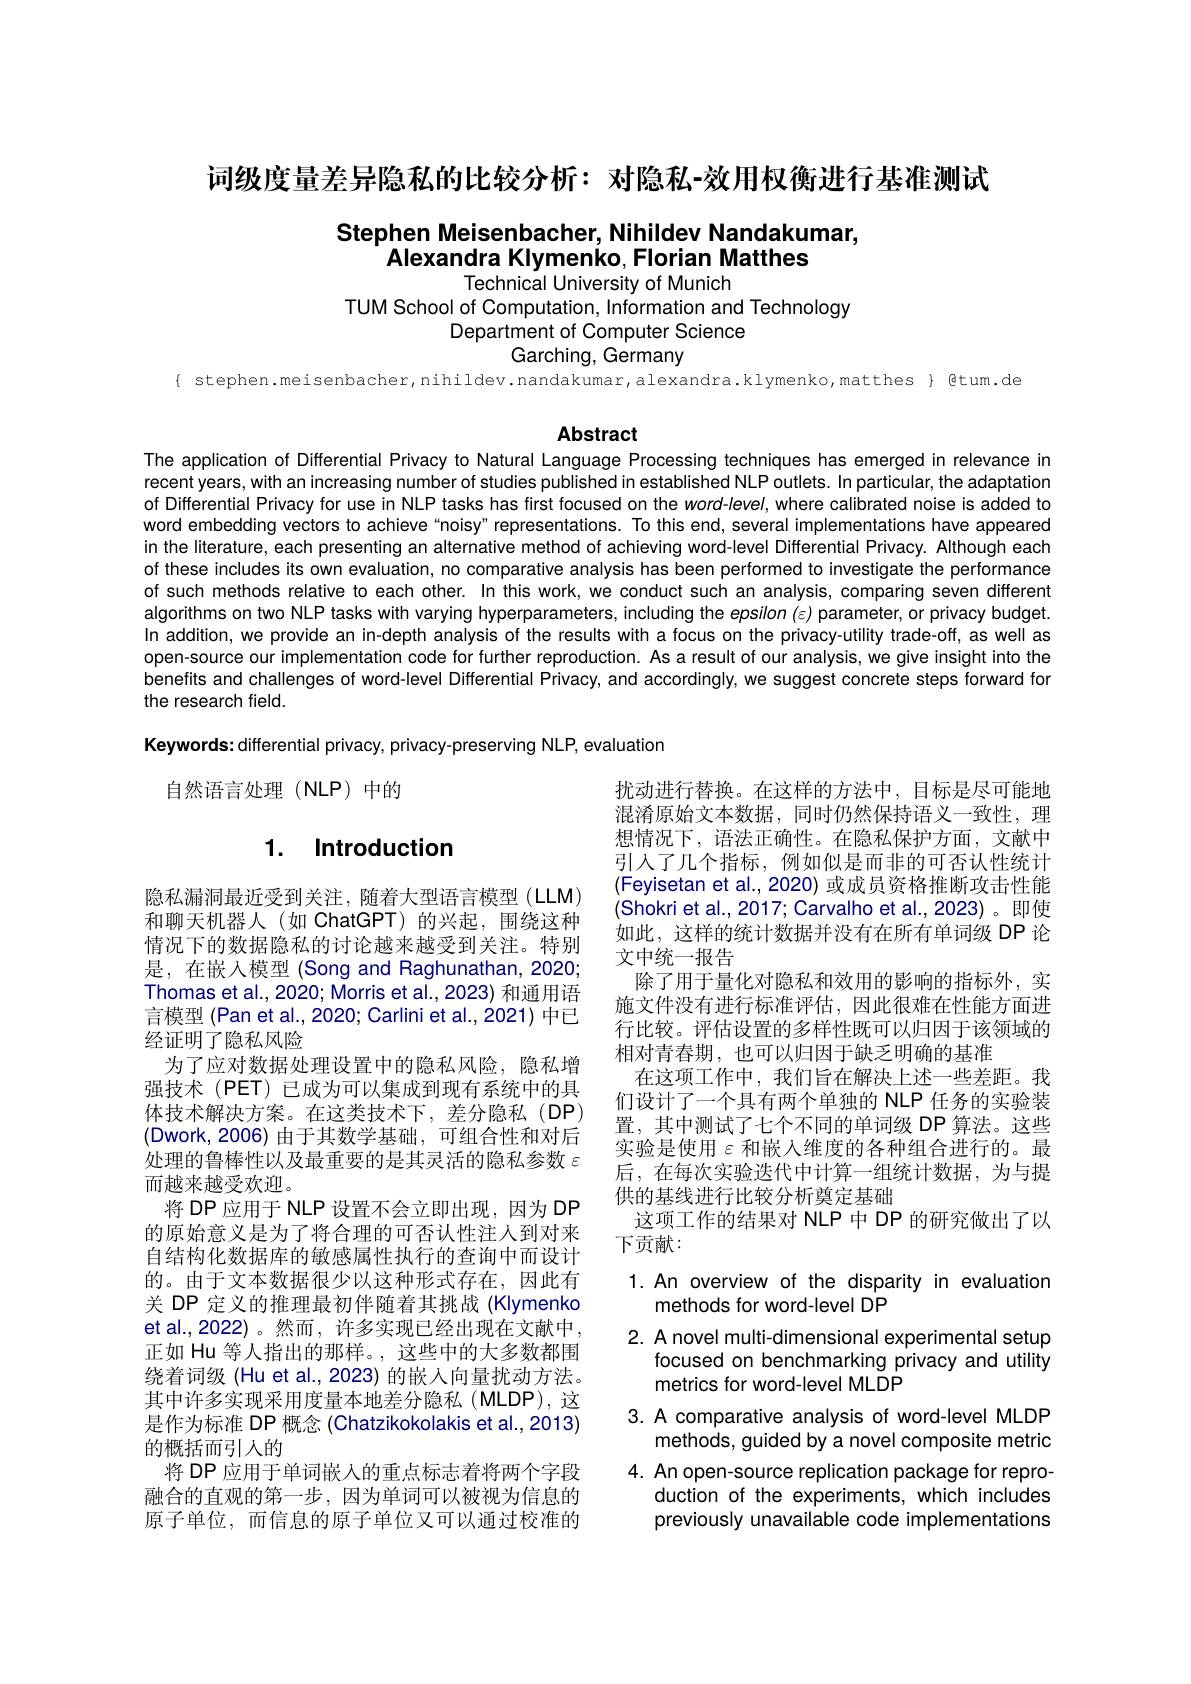
词级度量差异隐私的比较分析：对隐私-效用权衡进行基准测试

# Stephen Meisenbacher, Nihildev Nandakumar, Alexandra Klymenko, Florian Matthes

Technical University of Munich
TUM School of Computation, Information and Technology
Department of Computer Science
Garching, Germany

{ stephen.meisenbacher, nihildev. nandakumar, alexandra.klymenko, matthes} Qtum. de

# Abstract

The application of Differential Privacy to Natural Language Processing techniques has emerged in relevance in recent years, with an increasing number of studies published in established NLP outlets. In particular, the adaptation of Differential Privacy for use in NLP tasks has first focused on the word-level, where calibrated noise is added to word embedding vectors to achieve“noisy" representations. To this end, several implementations have appeared in the literature, each presenting an alternative method of achieving word-level Differential Privacy. Although each of these includes its own evaluation, no comparative analysis has been performed to investigate the performance of such methods relative to each other. In this work, we conduct such an analysis, comparing seven different algorithms on two NLP tasks with varying hyperparameters, including the epsilon (ε) parameter, or privacy budget. In addition, we provide an in-depth analysis of the results with a focus on the privacy-utility trade-off, as well as open-source our implementation code for further reproduction. As a result of our analysis, we give insight into the benefits and challenges of word-level Differential Privacy, and accordingly, we suggest concrete steps forward for the research field.
Keywords: differential privacy, privacy-preserving NLP, evaluation

扰动进行替换。在这样的方法中，目标是尽可能地
自然语言处理(NLP)中的

# 1. Introduction

混淆原始文本数据，同时仍然保持语义一致性，理想情况下，语法正确性。在隐私保护方面，文献中引人了几个指标，例如似是而非的可否认性统计(Feyisetan et al.,2020) 或成员资格推断攻击性能(Shokri et al., 2017; Carvalho et al., 2023)。即使如此，这样的统计数据并没有在所有单词级 DP 论文中统一报告
除了用于量化对隐私和效用的影响的指标外，实施文件没有进行标准评估，因此很难在性能方面进行比较。评估设置的多样性既可以归因于该领域的相对青春期，也可以归因于缺乏明确的基准
在这项工作中，我们旨在解决上述一些差距。我们设计了一个具有两个单独的 NLP 任务的实验装置，其中测试了七个不同的单词级 DP 算法。这些实验是使用$\varepsilon$和嵌人维度的各种组合进行的。最后，在每次实验迭代中计算一组统计数据，为与提供的基线进行比较分析奠定基础
这项工作的结果对 NLP 中 DP 的研究做出了以
下贡献：

隐私漏洞最近受到关注，随着大型语言模型(LLM) 和聊天机器人(如 ChatGPT)的兴起，围绕这种情况下的数据隐私的讨论越来越受到关注。特别是，在嵌入模型 (Song and Raghunathan, 2020; Thomas et al., 2020; Morris et al., 2023) 和通用语言模型 (Pan et al., 2020; Carlini et al., 2021) 中已经证明了隐私风险
为了应对数据处理设置中的隐私风险，隐私增强技术(PET)已成为可以集成到现有系统中的具体技术解决方案。在这类技术下，差分隐私(DP) (Dwork,2006)由于其数学基础，可组合性和对后处理的鲁棒性以及最重要的是其灵活的隐私参数$\varepsilon$ 而越来越受欢迎。
将 DP 应用于 NLP 设置不会立即出现，因为 DP 的原始意义是为了将合理的可否认性注人到对来自结构化数据库的敏感属性执行的查询中而设计的。由于文本数据很少以这种形式存在，因此有关 DP 定义的推理最初伴随着其挑战(Klymenko et al.,2022)。然而，许多实现已经出现在文献中， 正如 Hu 等人指出的那样。,这些中的大多数都围绕着词级 (Hu et al., 2023) 的嵌入向量扰动方法。其中许多实现采用度量本地差分隐私(MLDP),这是作为标准 DP 概念 (Chatzikokolakis et al.,2013) 的概括而引人的
将 DP 应用于单词嵌入的重点标志着将两个字段融合的直观的第一步，因为单词可以被视为信息的原子单位，而信息的原子单位又可以通过校准的

1. An overview of the disparity in evaluation
# methods for word-level DP

2. A novel multi-dimensional experimental setup

focused on benchmarking privacy and utility

metrics for word-level MLDP

3. A comparative analysis of word-level MLDP

methods, guided by a novel composite metric

4. An open-source replication package for repro-

duction of the experiments, which includes

previously unavailable code implementations